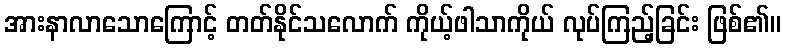
အားနာလာသောကြောင့် တတ်နိုင်သလောက် ကိုယ့်ဖါသာကိုယ် လုပ်ကြည့်ခြင်း ဖြစ်၏။